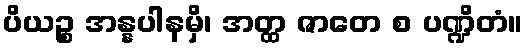
ပိယဉ္စ အန္နပါနမှိ၊ အတ္ထ ဇာတေ စ ပဏ္ဍိတံ။